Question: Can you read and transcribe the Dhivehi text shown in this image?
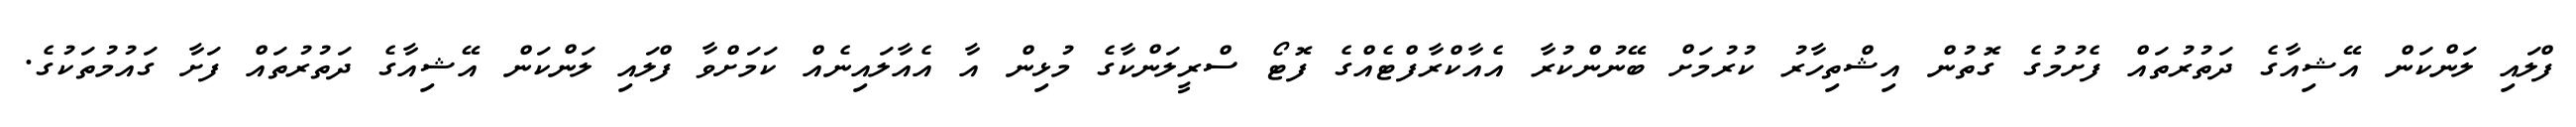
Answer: ފްލައި ލަންކަން އޭޝިއާގެ ދަތުރުތައް ފެށުމުގެ ގޮތުން އިޝްތިހާރު ކުރުމަށް ބޭނުންކުރާ އެއާކްރާފްޓެއްގެ ފޮޓޯ ސްރީލަންކާގެ މުޅިން އާ އެއާލައިނެއް ކަމަށްވާ ފްލައި ލަންކަން އޭޝިއާގެ ދަތުރުތައް ފަށާ ގައުމުތަކުގެ.